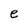
Character: e